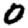
Digit: 0